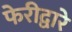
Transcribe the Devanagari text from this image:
फेरीद्वारे